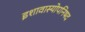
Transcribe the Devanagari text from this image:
इशावास्योपनिषद